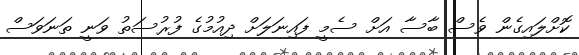
ކޮށްލައިގެން ވެސް ބާސާ އަށް ސެމީ ފައިނަލަށް ދިއުމުގެ ފުރުސަތު ވަނީ ތަނަވަސް